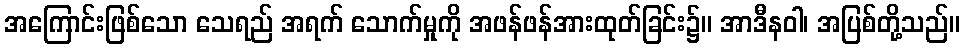
အကြောင်းဖြစ်သော သေရည် အရက် သောက်မှုကို အဖန်ဖန်အားထုတ်ခြင်း၌။ အာဒီနဝါ၊ အပြစ်တို့သည်။